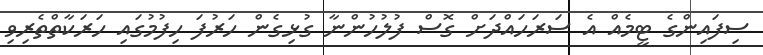
ސިފައިންގެ ޓީމެއް އެ ސަރަހައްދަށް ގޮސް ފުލުހުންނާ ގުޅިގެން ހަރުފަ ހިފުމުގައި ހަރަކާތްތެރިވި